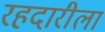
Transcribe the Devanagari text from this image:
रहदारीला